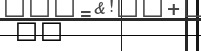
٨٤